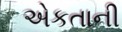
એકતાની